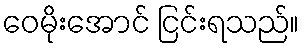
ဝေမိုးအောင် ငြင်းရသည်။